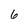
Character: 6